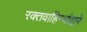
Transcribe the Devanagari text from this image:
रक्तवाहिन्यांद्वारे